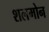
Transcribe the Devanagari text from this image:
शलमोन